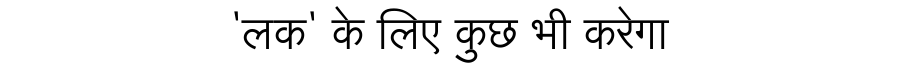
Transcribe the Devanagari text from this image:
'लक' के लिए कुछ भी करेगा